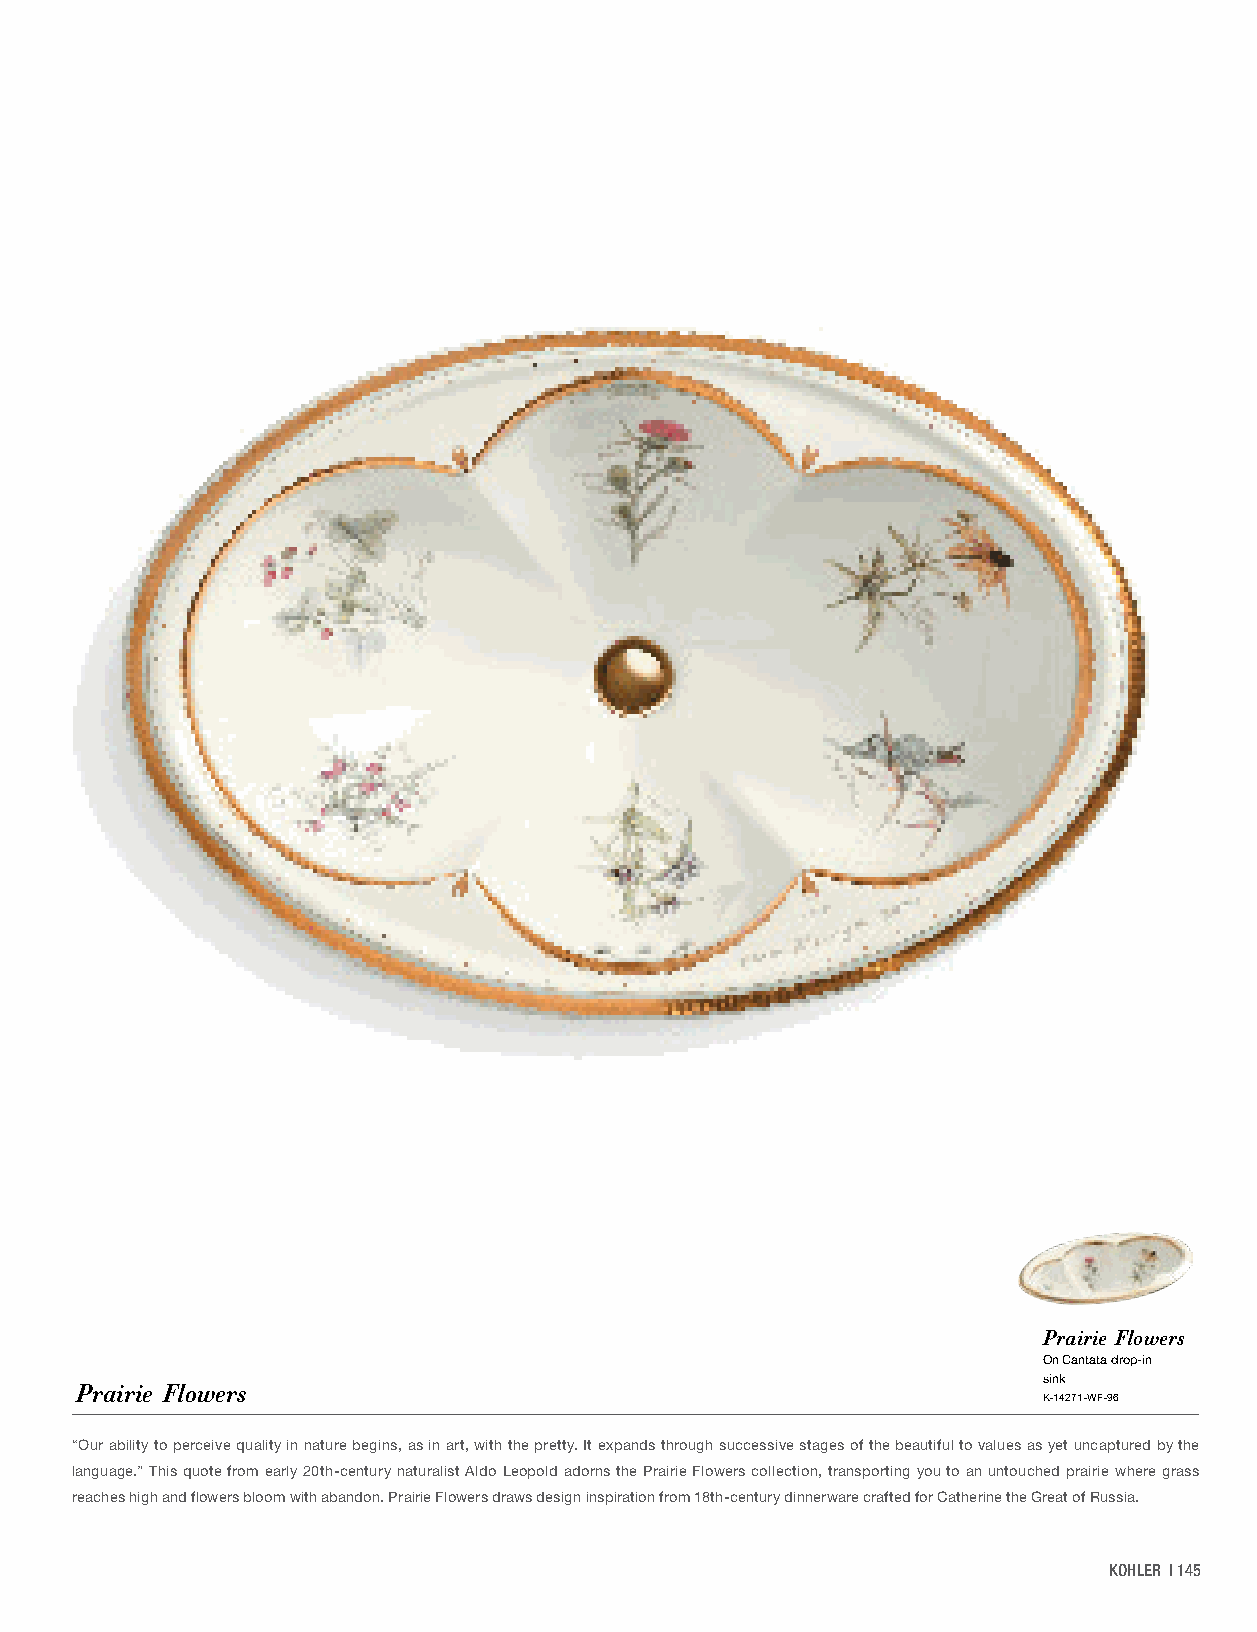
Prairie Flowers
 On Cantata drop-in
 sink
 Prairie Flowers
 K-14271-WF-96
 “Our ability to perceive quality in nature begins, as in art, with the pretty. It expands through successive stages of the beautiful to values as yet uncaptured by the
 language.” This quote from early 20th-century naturalist Aldo Leopold adorns the Prairie Flowers collection, transporting you to an untouched prairie where grass
 reaches high and flowers bloom with abandon. Prairie Flowers draws design inspiration from 18th-century dinnerware crafted for Catherine the Great of Russia.
 KOHLER | 145